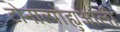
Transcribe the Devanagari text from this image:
टोनाल्पोह्युआली